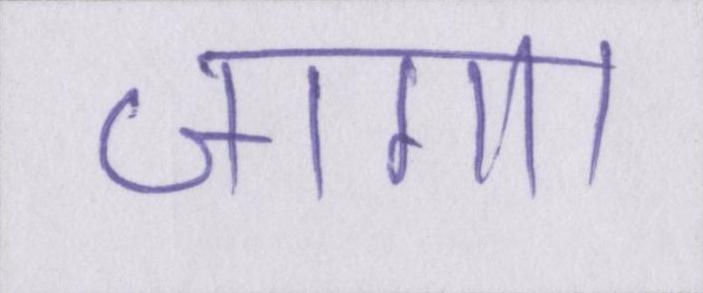
जागा।